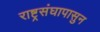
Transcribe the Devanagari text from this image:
राष्ट्रसंघापासुन